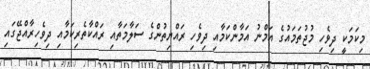
މިކަމަކީ ދިވެހި މުޖުތަމައުގެ އަމްނު އަމާންކަމާއި ދިވެހި ރައްޔިތުންގެ ސަލާމަތާއި ރައްކާތެރިކަމާއި ދިވެހިރާއްޖޭގައި